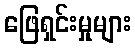
ဖြေရှင်းမှုများ